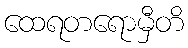
ထေရတရောမှီတိ